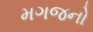
મગજનો